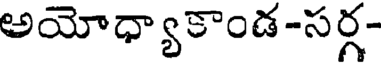
అయోధ్యాకాండ-సర్గ-